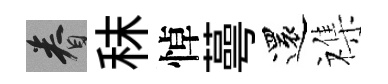
眷秣悼蕚還襍